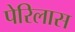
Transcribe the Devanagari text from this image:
पेरिलास